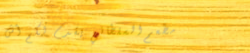
مطعم السلطاني يقدم لكم أش